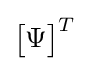
{\begin{bmatrix}\Psi \end{bmatrix}}^{T}